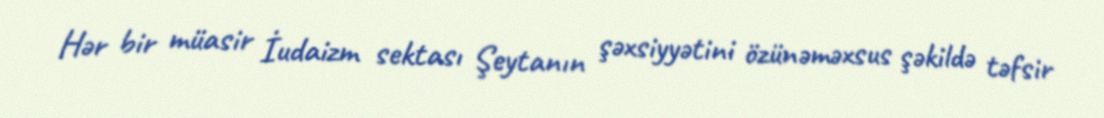
Hər bir müasir İudaizm sektası Şeytanın şəxsiyyətini özünəməxsus şəkildə təfsir